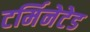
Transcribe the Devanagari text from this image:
टर्मिनेटेड